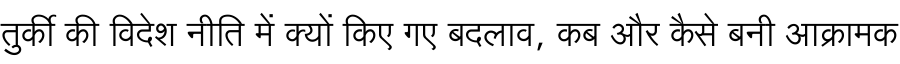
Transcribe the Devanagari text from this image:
तुर्की की विदेश नीति में क्यों किए गए बदलाव, कब और कैसे बनी आक्रामक